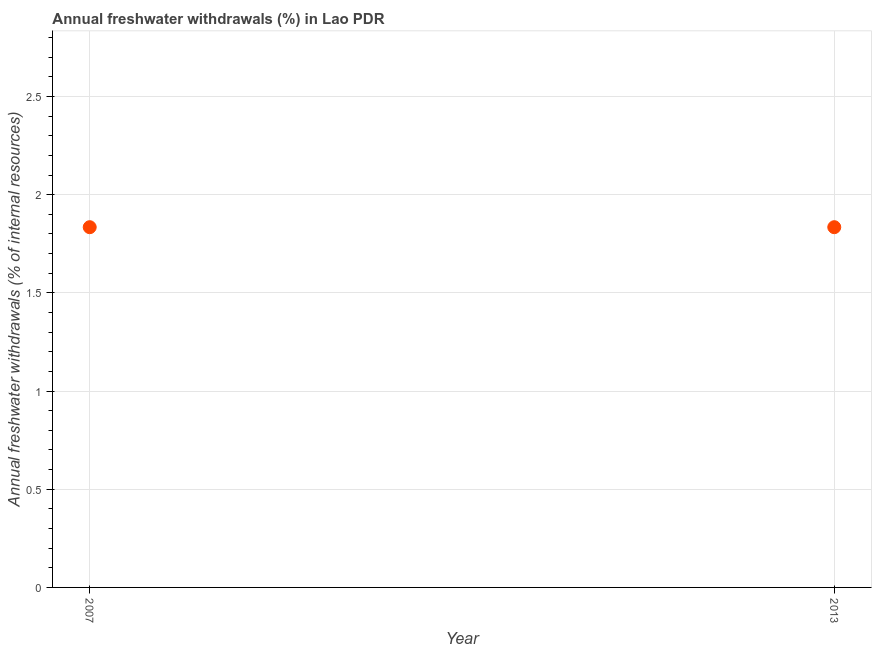
| Year | Annual freshwater withdrawals |
 | --- | --- |
 | 2007 | 1.83 |
 | 2013 | 1.83 |